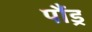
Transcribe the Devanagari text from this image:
पौंड्र